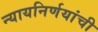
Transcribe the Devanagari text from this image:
न्यायनिर्णयांची